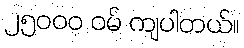
၂၅၀၀၀ ဝမ် ကျပါတယ်။